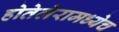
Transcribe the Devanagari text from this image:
होतेलेरामध्येच